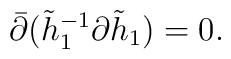
\bar\partial(\tilde h^{-1}_1\partial\tilde h_1)=0.